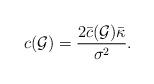
LaTeX: \begin{align*}c(\mathcal G) = \frac{2 \bar c (\mathcal G) \bar \kappa}{\sigma^2}.\end{align*}